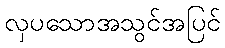
လှပသောအသွင်အပြင်